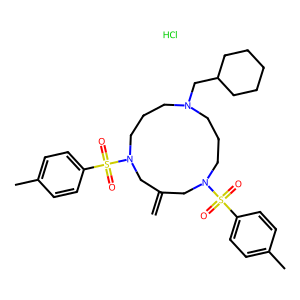
SMILES: C=C1CN(S(=O)(=O)c2ccc(C)cc2)CCCN(CC2CCCCC2)CCCN(S(=O)(=O)c2ccc(C)cc2)C1.Cl
Inhibits HIV replication: No